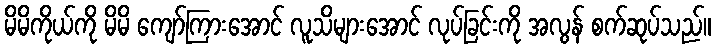
မိမိကိုယ်ကို မိမိ ကျော်ကြားအောင် လူသိများအောင် လုပ်ခြင်းကို အလွန် စက်ဆုပ်သည်။